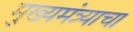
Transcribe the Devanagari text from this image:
मुख्यमंत्र्याचा